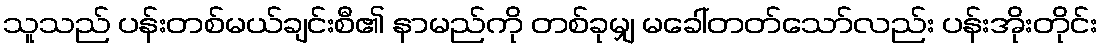
သူသည် ပန်းတစ်မယ်ချင်းစီ၏ နာမည်ကို တစ်ခုမျှ မခေါ်တတ်သော်လည်း ပန်းအိုးတိုင်း